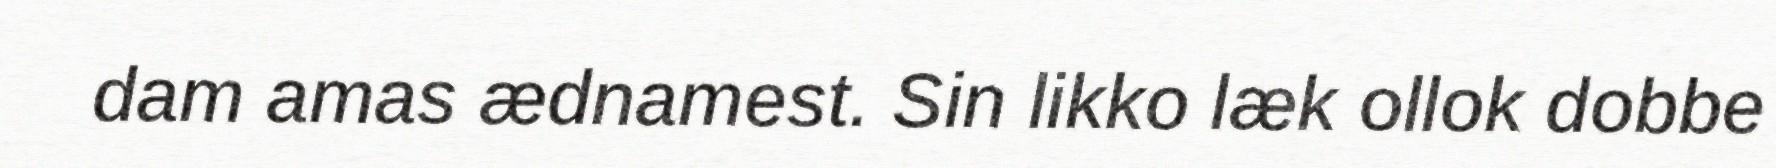
dam amas ædnamest. Sin likko læk ollok dobbe